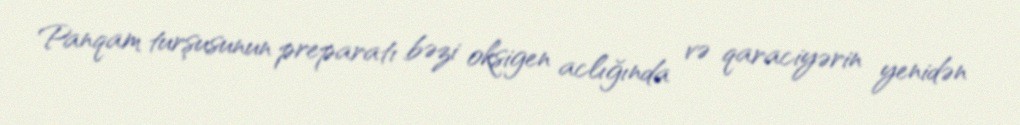
Panqam turşusunun preparatı bəzi oksigen aclığında və qaraciyərin yenidən